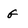
Character: G